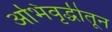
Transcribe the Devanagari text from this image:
अभिवृद्धीतून